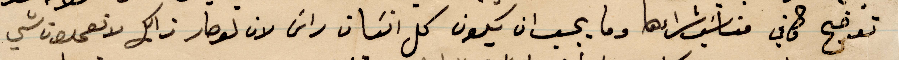
توضح ما في مناسب شراءها وما يجب ان يكون كل انسان راس لان لو صار ذلك لا تعمدون شي